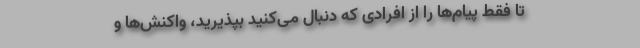
تا فقط پیام‌ها را از افرادی که دنبال می‌کنید بپذیرید، واکنش‌ها و